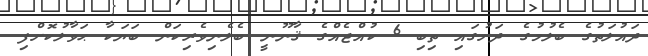
ދައުލަތުގެ ބެލުމުގެ ދަށުގައި ތިބި 6 ކުއްޖެއްގެ ޤާނޫނީ ބެލެނިވެރިކަން ބަޔަކާ ޙަވާލުކޮށްފި